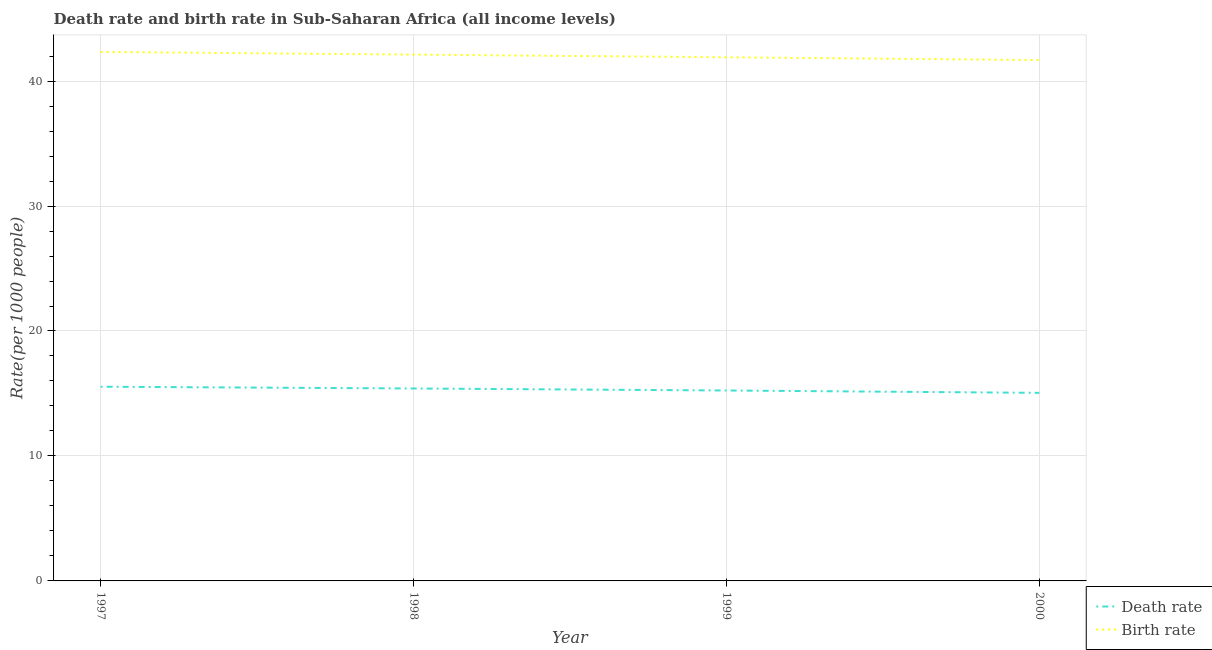
| Year | Death rate | Birth rate |
 | --- | --- | --- |
 | 1997 | 15.5 | 42.3 |
 | 1998 | 15.4 | 42.1 |
 | 1999 | 15.2 | 41.9 |
 | 2000 | 15.1 | 41.7 |